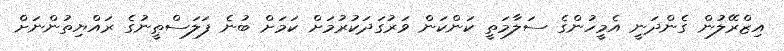
އިޒްރޭލުން ގެންދަނީ އެމީހުންގެ ސަލާމަތީ ކަންކަން ވަރުގަދަކުރުމަށް ކަމަށް ބުނެ ފަލަސްޠީނުގެ ރައްޔިތުންނަށް